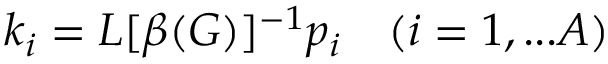
k _ { i } = L [ \beta ( G ) ] ^ { - 1 } p _ { i } \quad ( i = 1 , . . . A )